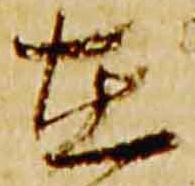
在